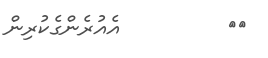
١٣         އެއުރެންގެކުރިން